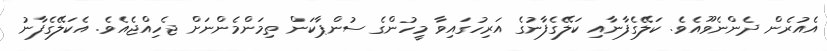
އެއުރެން ދެންނެވޫއެވެ. ކަލޭގެފާނާއި ކަލޭގެފާނުގެ އަރިހުގައިވާ މީހުންގެ ސުންޕާކަން ތިމަންމެންނަށް ޖެހިއްޖެއެވެ. އެކަލޭގެފާނު